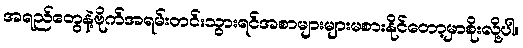
အရည်တွေနဲ့ဗိုက်အရမ်းတင်းသွားရင်အစာများများမစားနိုင်တော့မှာစိုးလို့ပါ။